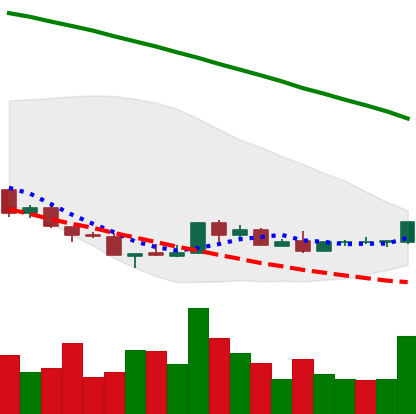
Ticker: NEO-USD
Chart end date: 2018-08-27
Forward return: 9.272%
Label: up_7plus